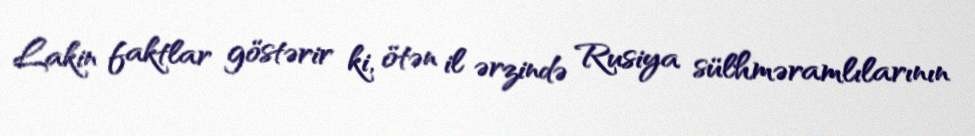
Lakin faktlar göstərir ki, ötən il ərzində Rusiya sülhməramlılarının